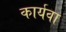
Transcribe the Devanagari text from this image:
कार्यवा